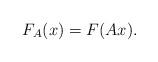
LaTeX: \begin{align*}F_{A}(x) =F(Ax).\end{align*}